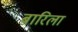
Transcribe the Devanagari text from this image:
बारिला